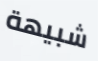
شبيهة